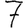
Digit: 7